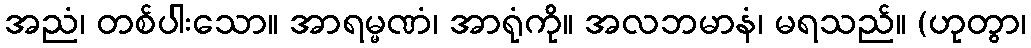
အညံ၊ တစ်ပါးသော။ အာရမ္မဏံ၊ အာရုံကို။ အလဘမာနံ၊ မရသည်။ (ဟုတွာ၊